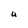
Character: U